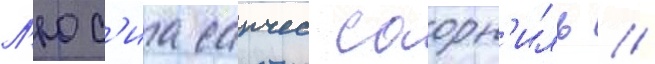
Л'юс'иа санчес саорн'иль //